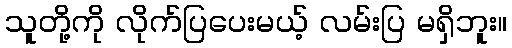
သူတို့ကို လိုက်ပြပေးမယ့် လမ်းပြ မရှိဘူး။